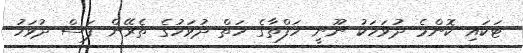
ޓަކައި ކޮންމެ ދުވަހަކު ނޫނީ ހަފްތާގެ ހަތް ދުވަހުގެ ތެރޭން ފަސް ދުވަހު